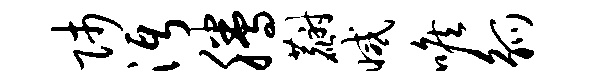
师沔腾麝减喉觚